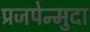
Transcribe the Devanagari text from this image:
प्रजपेन्मुदा